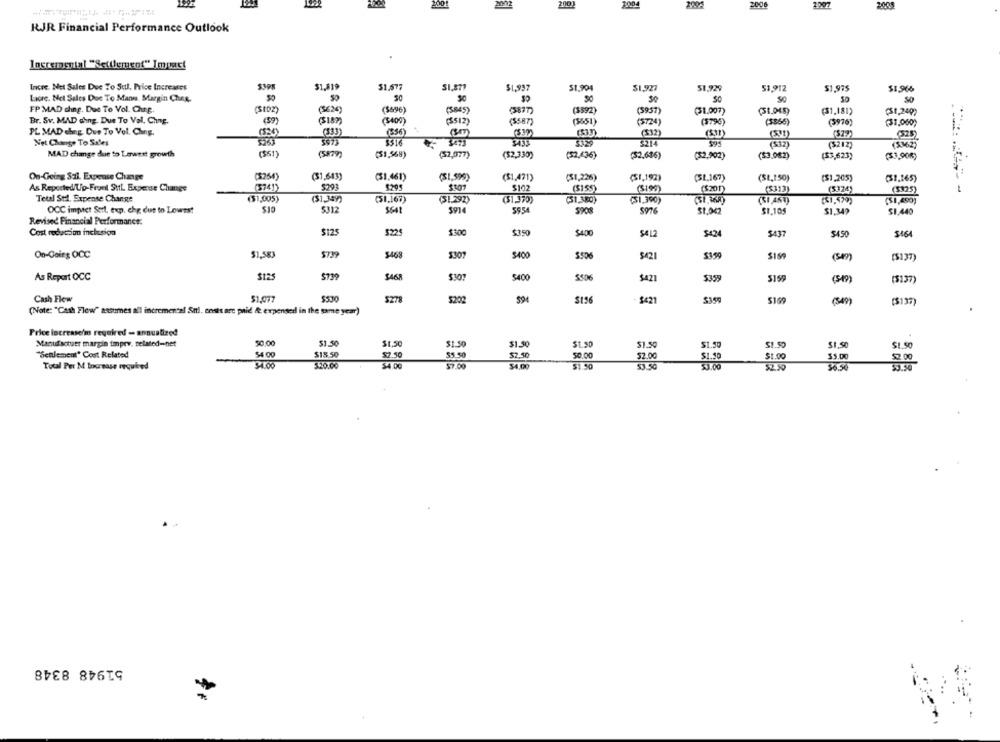
2004
2006
2207
RJR Financial Performance Outlook
losremguial "Settlement" Impact
Incre. Net Sales Due To Sul. Price Increases
$1,519
$1.577
$1,877
$1,937
51.904
$1,927
51,92%
51.912
$1,975
$1.966
50
30
Lacre. Net Sales Due To Mann. Margin Cheg.
SC
50
FP MAD ching. Due To Vol. Chr.g.
(Sto2)
(3626)
($596)
(5845)
(5877)
(3592)
(3957)
(31.007)
(51,045)
($1,181)
(St,249)
(59)
Br. Sv. MAD ching. Due To Val. Chung.
(5400)
(5512)
(5587)
(5651)
(3724)
(3796)
(3366)
(3976)
(37,060)
PL MAD eling. Due To Vol. Chng.
(333)
(556)
(332)
(532)
(53)
($77)
(525)
Net Change To Sales
$516
$274
($12)
(3212)
(50M2)
MAD change due to Lowest growth
($51)
(51,568)
(32,077)
($2,330)
(52,436)
(32,686)
(52,902)
(53.082)
(53,623)
(53,90%)
On-Going Sal. Expense Change
(1254)
(31,643)
(31,461)
(51,590)
($1,471)
($1,236)
(51,192)
(51,167)
(SL,150)
($1,205)
(31.165)
5201
As Reported/Up-Front Sttl. Expense Change
(5741)
$295
$102
($155)
(5199)
($201)
($313)
(5325)
Tetal Sel. Expense Change
($1,005)
($1,359)
(51.167)
(31.292)
($1.370)
(51 300)
(51,390)
(SI AST)
($1,599)
(51,400)
OCC impact Serl. exp. chp due to Lowest
$312
5554
5908
5976
$1.042
$1.105
$1,349
51.440
Revised Financial Performance:
5224
Cost reduction inclusion
$125
$350
$400
$412
5424
$437
$450
$164
On-Going OCC
$1,583
$739
$468
3307
S400
$506
$421
$359
[$137)
As Repart OCC
$739
$468
$307
$400
$506
$421
$359
5159
(sm)
(5137)
Cash Flow
$530
$1.077
5278
$202
594
$156
$421
$399
5169
[$137)
(Note: "Cash Flow" assumes all incremental Sttl. costs are paid & expensed in the same year)
Price increase/ required - annualized
50.00
51.50
Manufactuer margin impry, related-net
$1.50
$1.50
$1.50
$1.50
51.50
$1.59
$1.50
$1.50
$1.50
"Benlement" Cost Related
$4 00
$18.50
$2.50
$2,50
50.00
52.00
$1.59
$1.00
$5.00
52.00
$4.00
Total Per M Increase required
$20.00
$4.00
$7.00
$4,00
51.50
53.50
53.00
$6.50
51948 8348